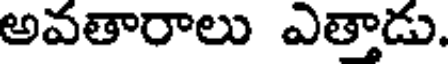
అవతారాలు ఎత్తాడు.